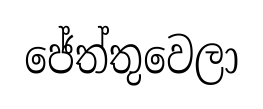
ජේත්තුවෙලා